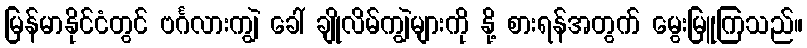
မြန်မာနိုင်ငံတွင် ဗင်္ဂလားကျွဲ ခေါ် ချိုလိမ်ကျွဲများကို နို့ စားရန်အတွက် မွေးမြူကြသည်။